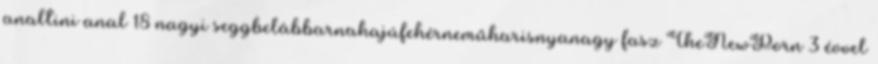
analtini anal 18 nagyi seggbelábbarnahajúfehérneműharisnyanagy fasz TheNewPorn 3 évvel